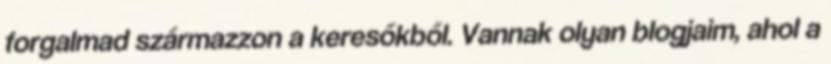
forgalmad származzon a keresőkből. Vannak olyan blogjaim, ahol a